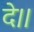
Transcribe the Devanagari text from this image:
दे।।